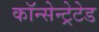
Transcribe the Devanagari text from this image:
कॉन्सेन्ट्रेटेड